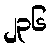
၂၃၆